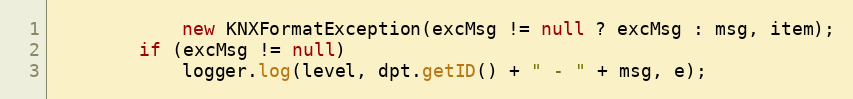
Language: Java
			new KNXFormatException(excMsg != null ? excMsg : msg, item);
		if (excMsg != null)
			logger.log(level, dpt.getID() + " - " + msg, e);